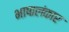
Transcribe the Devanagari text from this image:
भाषालंकार